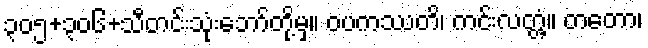
၃၀၅+၃၀၆+သီတင်းသုံးဘော်တို့မှ။ ဝပကဿတိ၊ ကင်းလတ္တံ့။ တတော၊